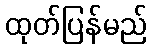
ထုတ်ပြန်မည်